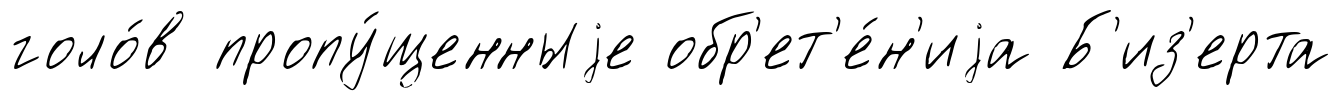
голо́в пропу́щенныjе обр'ет'е́н'иjа Б'из'ерта